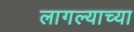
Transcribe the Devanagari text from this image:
लागल्याच्या